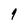
Character: 9